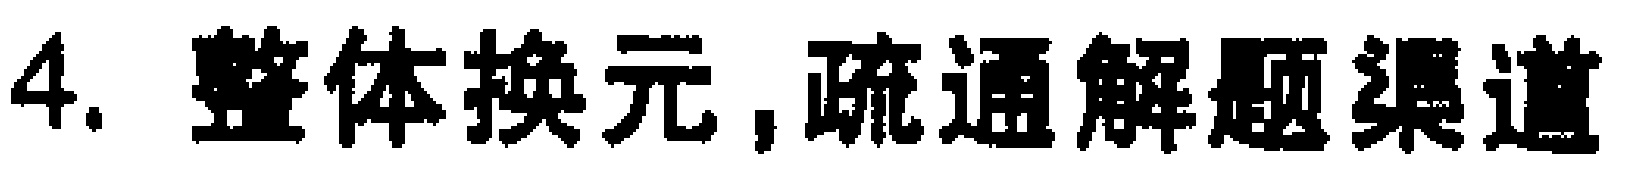
4. 整体换元, 疏通解题渠道